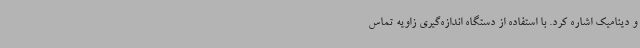
و دینامیک اشاره کرد. با استفاده از دستگاه اندازه‌گیری زاویه تماس